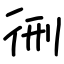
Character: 㣜